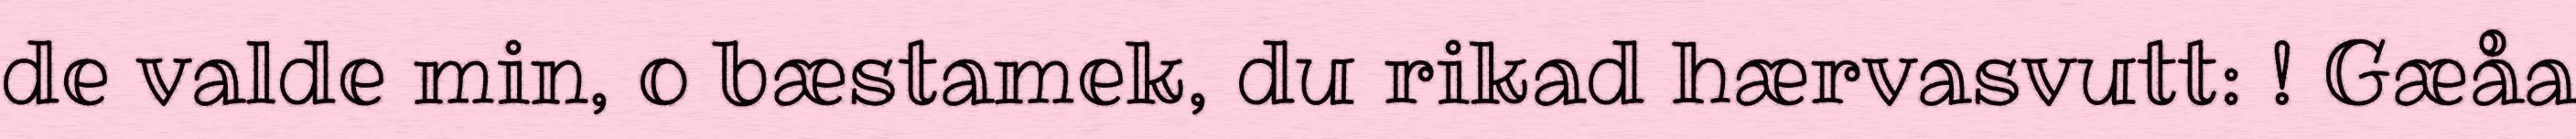
de valde min, o bæstamek, du rikad hærvasvutt: ! Gæåa